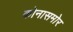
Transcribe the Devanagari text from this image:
कोनासमोर